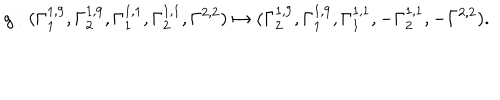
g : ( \Gamma _ { 1 } ^ { 1 , 9 } , \Gamma _ { 2 } ^ { 1 , 9 } , \Gamma _ { 1 } ^ { 1 , 1 } , \Gamma _ { 2 } ^ { 1 , 1 } , \Gamma ^ { 2 , 2 } ) \mapsto ( \Gamma _ { 2 } ^ { 1 , 9 } , \Gamma _ { 1 } ^ { 1 , 9 } , \Gamma _ { 1 } ^ { 1 , 1 } , - \Gamma _ { 2 } ^ { 1 , 1 } , - \Gamma ^ { 2 , 2 } ) .